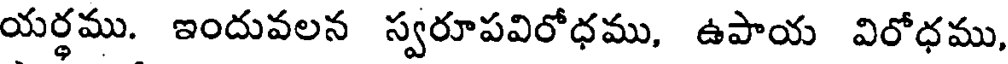
యర్థము. ఇందువలన స్వరూపవిరోధము, ఉపాయ విరోధము,